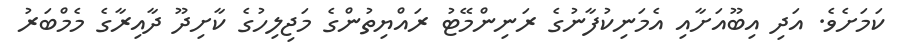
ކަމަށެވެ. އަދި އިބޫއަށާއި އެމަނިކުފާނުގެ ރަނިންމޭޓު ރައްޔިތުންގެ މަޖިލިހުގެ ކާށިދޫ ދާއިރާގެ މެމްބަރު